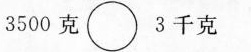
3500克\circ 3千克